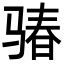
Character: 𩨁